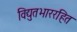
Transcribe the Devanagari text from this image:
विद्युतभाररहित